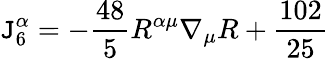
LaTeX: \mathtt{J}_{6}^{\alpha}=-\frac{{48}}{{5}}R^{\alpha\mu}\nabla_{\mu}R+{\frac{{102}}{{25}}}